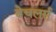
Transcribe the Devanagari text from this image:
बेचलर्स